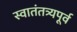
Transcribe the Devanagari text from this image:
स्वातंतत्र्यपूर्व